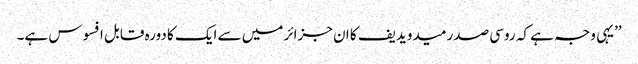
’’یہی وجہ ہے کہ روسی صدر میدویدیف کا ان جزائر میں سے ایک کا دورہ قابل افسوس ہے۔